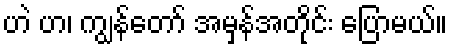
ဟဲ ဟ၊ ကျွန်တော် အမှန်အတိုင်း ပြောမယ်။